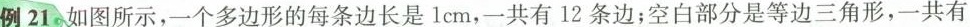
例21 如图所示，一个多边形的每条边长是1cm，一共有12条边；空白部分是等边三角形，一共有